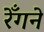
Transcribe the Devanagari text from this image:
रेँगने